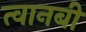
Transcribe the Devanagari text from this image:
त्वानबी